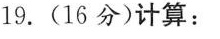
19.(16分)计算：